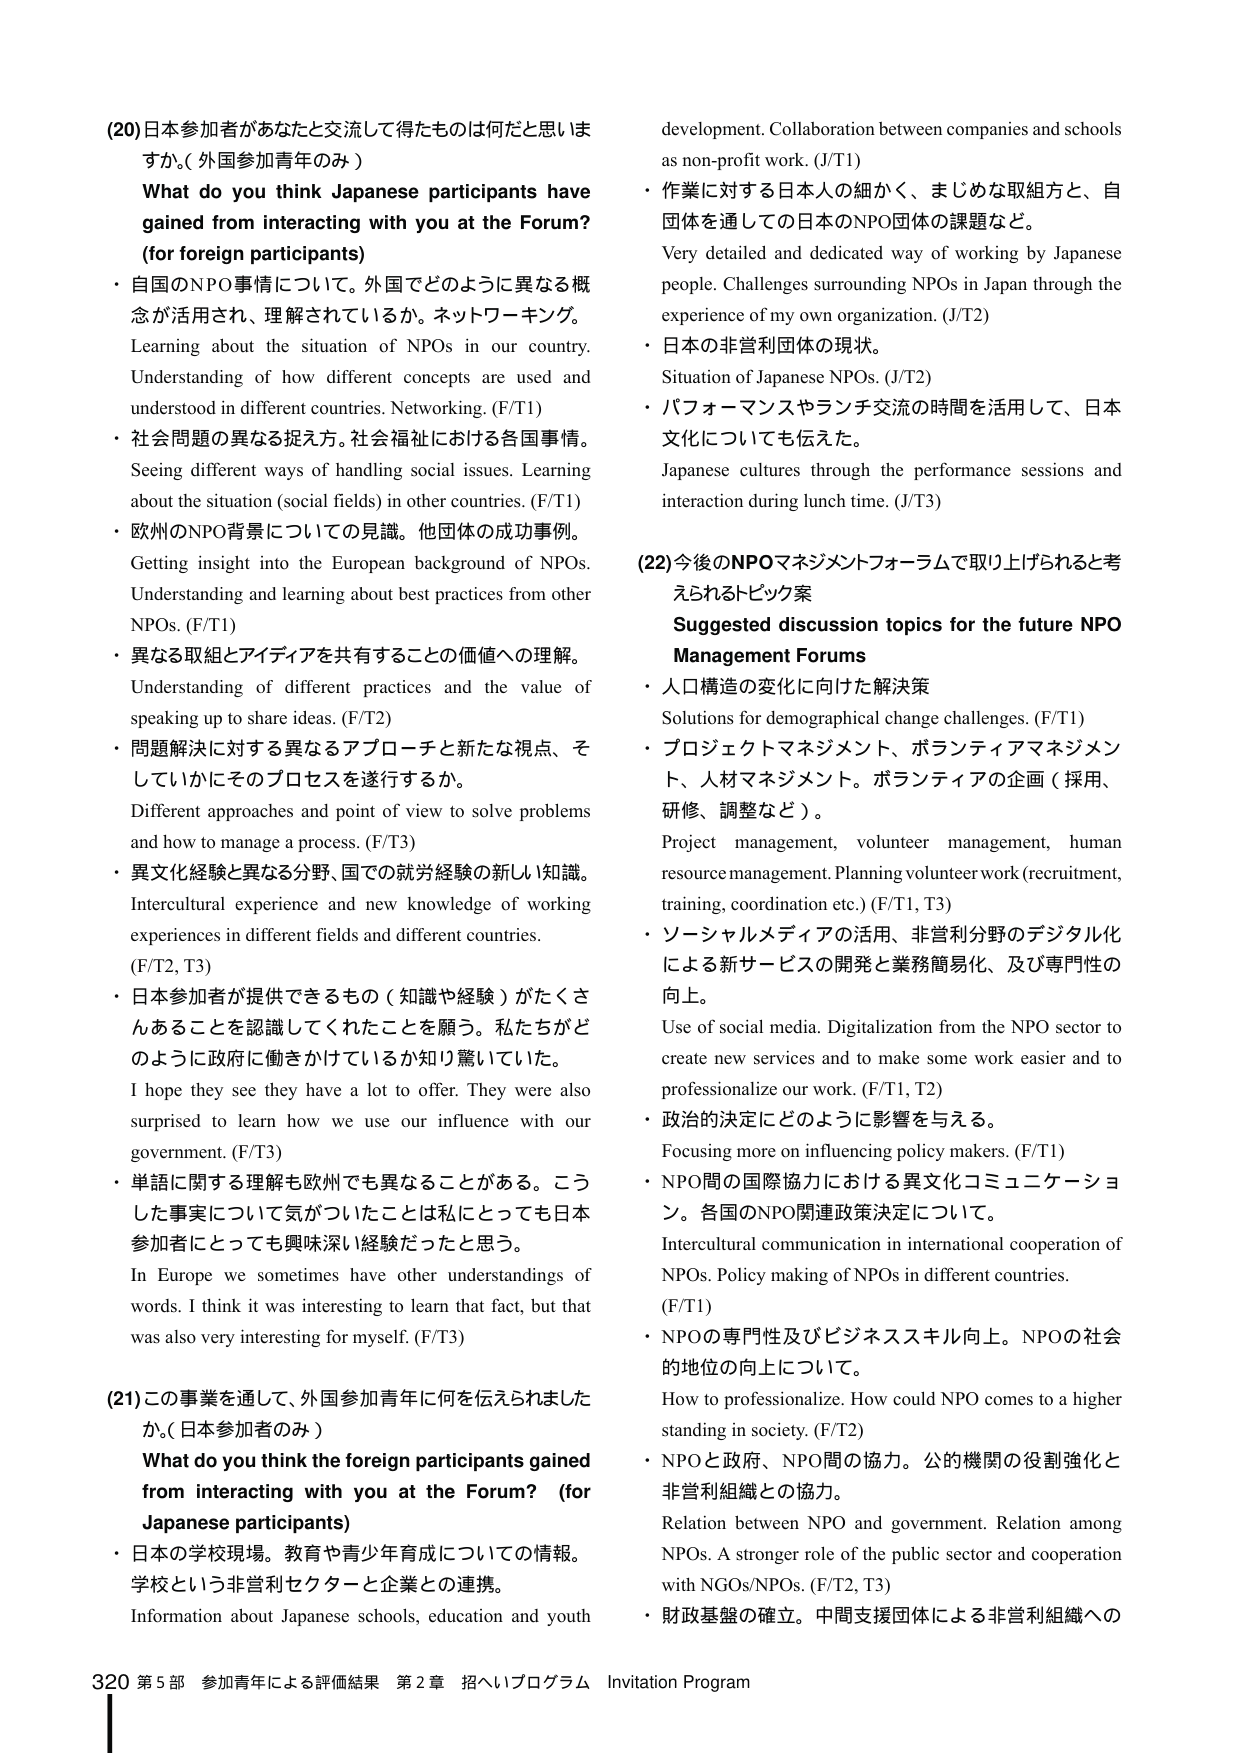
(20) 日本参加者があなたと交流して得たものは何だと思いますか。(外国参加青年のみ)
What do you think Japanese participants have gained from interacting with you at the Forum? (for foreign participants)
・自国のNPO事情について。外国でどのように異なる概念が活用され、理解されているか。ネットワーキング。
Learning about the situation of NPOs in our country. Understanding of how different concepts are used and understood in different countries. Networking. (F/T1)
・社会問題の異なる捉え方。社会福祉における各国事情。
Seeing different ways of handling social issues. Learning about the situation (social fields) in other countries. (F/T1)
・欧州のNPO背景についての見識。他団体の成功事例。
Getting insight into the European background of NPOs. Understanding and learning about best practices from other NPOs. (F/T1)
・異なる取組とアイディアを共有することの価値への理解。
Understanding of different practices and the value of speaking up to share ideas. (F/T2)
・問題解決に対する異なるアプローチと新たな視点、そしていかにそのプロセスを遂行するか。
Different approaches and point of view to solve problems and how to manage a process. (F/T3)
・異文化経験と異なる分野、国での就労経験の新しい知識。
Intercultural experience and new knowledge of working experiences in different fields and different countries. (F/T2, T3)
・日本参加者が提供できるもの（知識や経験）がたくさんあることを認識してくれたことを願う。私たちがどのように政府に働きかけているか知り驚いていた。
I hope they see they have a lot to offer. They were also surprised to learn how we use our influence with our government. (F/T3)
・単語に関する理解も欧州でも異なることがある。こうした事実について気がついたことは私にとっても日本参加者にとっても興味深い経験だったと思う。
In Europe we sometimes have other understandings of words. I think it was interesting to learn that fact, but that was also very interesting for myself. (F/T3)

(21) この事業を通して、外国参加青年に何を伝えられましたか。(日本参加者のみ)
What do you think the foreign participants gained from interacting with you at the Forum? (for Japanese participants)
・日本の学校現場。教育や青少年育成についての情報。学校という非営利セクターと企業との連携。
Information about Japanese schools, education and youth development. Collaboration between companies and schools as non-profit work. (J/T1)
・作業に対する日本人の細やか、まじめな取組方と、自団体を通しての日本のNPO団体の課題など。
Very detailed and dedicated way of working by Japanese people. Challenges surrounding NPOs in Japan through the experience of my own organization. (J/T2)
・日本の非営利団体の現状。
Situation of Japanese NPOs. (J/T2)
・パフォーマンスやランチ交流の時間を活用して、日本文化についても伝えた。
Japanese cultures through the performance sessions and interaction during lunch time. (J/T3)

(22) 今後のNPOマネジメントフォーラムで取り上げられると考えられるトピック案
Suggested discussion topics for the future NPO Management Forums
・人口構造の変化に向けた解決策
Solutions for demographical change challenges. (F/T1)
・プロジェクトマネジメント、ボランティアマネジメント、人材マネジメント。ボランティアの企画（採用、研修、調整など）。
Project management, volunteer management, human resource management. Planning volunteer work (recruitment, training, coordination etc.) (F/T1, T3)
・ソーシャルメディアの活用、非営利分野のデジタル化による新サービスの開発と業務簡易化、及び専門性の向上。
Use of social media. Digitalization from the NPO sector to create new services and to make some work easier and to professionalize our work. (F/T1, T2)
・政治的決定にどのように影響を与える。
Focusing more on influencing policy makers. (F/T1)
・NPO間の国際協力における異文化コミュニケーション。各国のNPO関連政策決定について。
Intercultural communication in international cooperation of NPOs. Policy making of NPOs in different countries. (F/T1)
・NPOの専門性及びビジネススキル向上。NPOの社会的地位の向上について。
How to professionalize. How could NPO comes to a higher standing in society. (F/T2)
・NPOと政府、NPO間の協力。公的機関の役割強化と非営利組織との協力。
Relation between NPO and government. Relation among NPOs. A stronger role of the public sector and cooperation with NGOs/NPOs. (F/T2, T3)
・財政基盤の確立。中間支援団体による非営利組織への

320 第5部 参加青年による評価結果 第2章 招へいプログラム Invitation Program